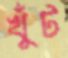
খুঁট